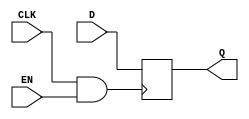
module clock_gated_memory (
    input wire CLK,      // Main clock signal
    input wire EN,       // Enable signal for clock gating
    input wire [7:0] D,  // Data input for memory
    output reg [7:0] Q   // Data output from memory
);

// Gated clock signal
wire gated_clk;

// AND gate for clock gating
assign gated_clk = CLK & EN;

// Memory storage (using a flip-flop for demonstration)
always @(posedge gated_clk) begin
    Q <= D; // Store data on the rising edge of the gated clock
end

endmodule